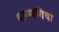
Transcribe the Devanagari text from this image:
बागबगिचा